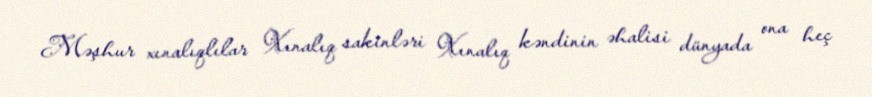
Məşhur xınalıqlılar Xınalıq sakinləri Xınalıq kəndinin əhalisi dünyada ona heç